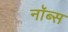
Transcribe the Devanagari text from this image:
नॉब्स